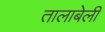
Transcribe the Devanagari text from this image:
तालाबेली